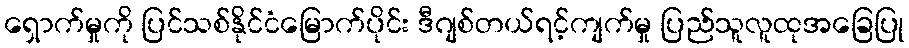
ရှောက်မှုကို ပြင်သစ်နိုင်ငံမြောက်ပိုင်း ဒီဂျစ်တယ်ရင့်ကျက်မှု ပြည်သူလူထုအခြေပြု